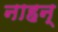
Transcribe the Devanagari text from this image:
नाहन्